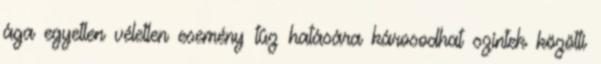
ága egyetlen véletlen esemény tûz hatására károsodhat szintek közötti